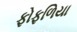
ફોફળિયા